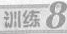
训练8